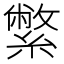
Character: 䌘